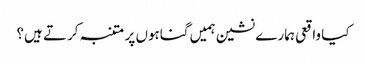
کیا واقعی ہمارے نشین ہمیں گناہوں پر متنبہ کرتے ہیں؟